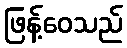
ဖြန့်ဝေသည်